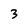
Character: 3